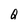
Character: Q